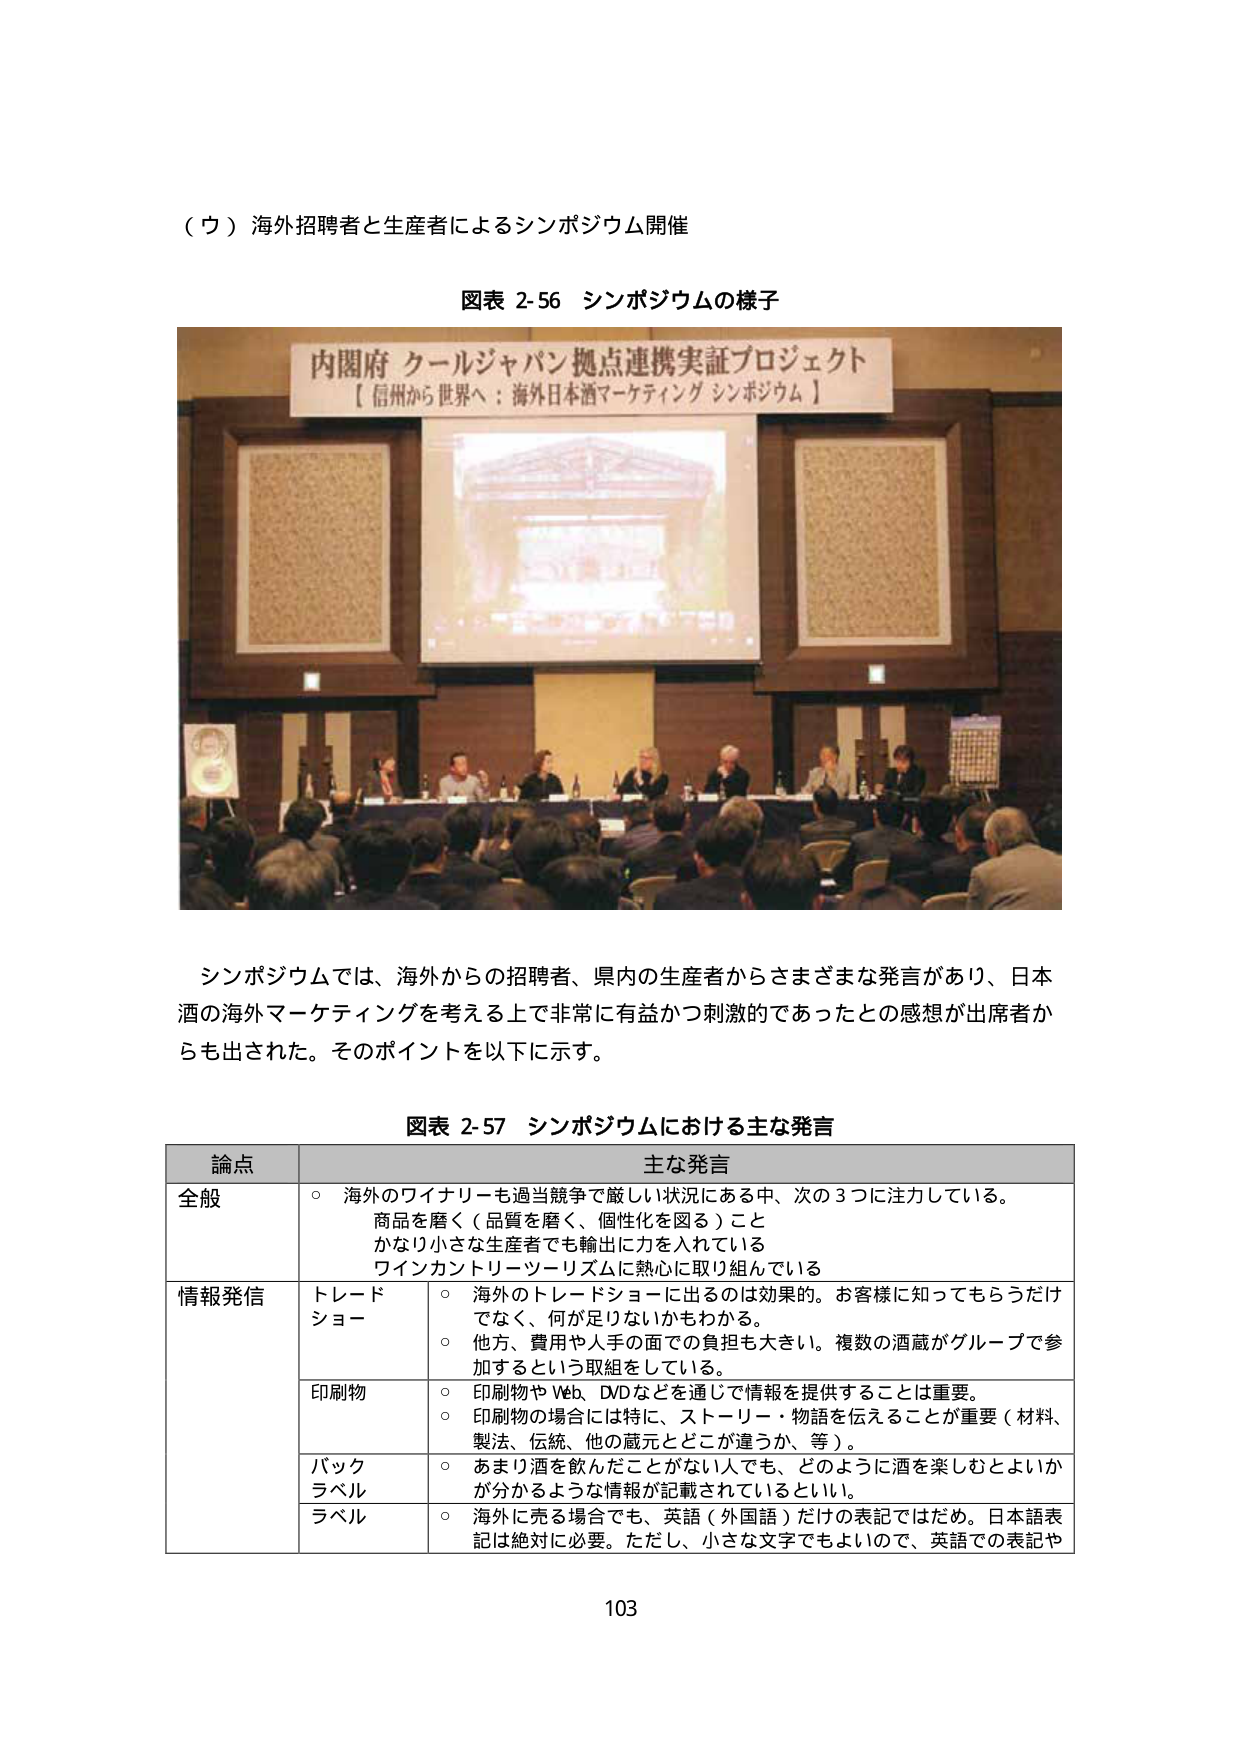
（ウ）海外招聘者と生産者によるシンポジウム開催

図表 2-56 シンポジウムの様子

内閣府 クールジャパン拠点連携実証プロジェクト
【信州から世界へ：海外日本酒マーケティング シンポジウム】

シンポジウムでは、海外からの招聘者、県内の生産者からさまざまな発言があり、日本酒の海外マーケティングを考える上で非常に有益かつ刺激的であったとの感想が出席者からも出された。そのポイントを以下に示す。

図表 2-57 シンポジウムにおける主な発言

| 論点 | 主な発言 |
|------|----------|
| 全般 | ○ 海外のワイナリーも過当競争で厳しい状況にある中、次の3つに注力している。<br>　　商品を磨く（品質を磨く、個性化を図る）こと<br>　　かなり小さな生産者でも輸出に力を入れている<br>　　ワインカントリーツーリズムに熱心に取り組んでいる |
| 情報発信 | トレードショー | ○ 海外のトレードショーに出るのは効果的。お客様に知ってもらうだけでなく、何が足りないかもわかる。<br>○ 他方、費用や人手の面での負担も大きい。複数の酒蔵がグループで参加するという取組をしている。 |
| | 印刷物 | ○ 印刷物やWeb、DVDなどを通じて情報を提供することは重要。<br>○ 印刷物の場合には特に、ストーリー・物語を伝えることが重要（材料、製法、伝統、他の蔵元とどこが違うか、等）。 |
| | バックラベル | ○ あまり酒を飲んだことがない人でも、どのように酒を楽しむとよいかが分かるような情報が記載されているといい。 |
| | ラベル | ○ 海外に売る場合でも、英語（外国語）だけの表記ではだめ。日本語表記は絶対に必要。ただし、小さな文字でもよいので、英語での表記や |

103